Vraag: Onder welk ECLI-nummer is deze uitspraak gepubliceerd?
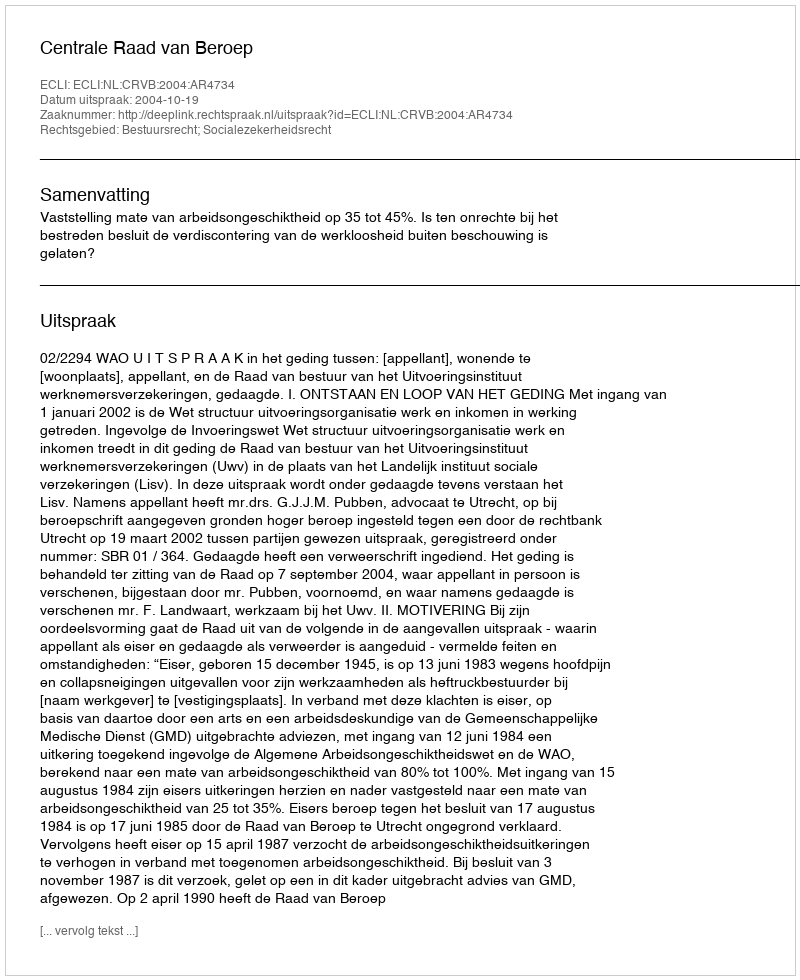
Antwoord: ECLI:NL:CRVB:2004:AR4734